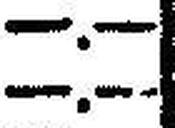
—.—